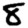
Digit: 8